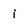
Character: i